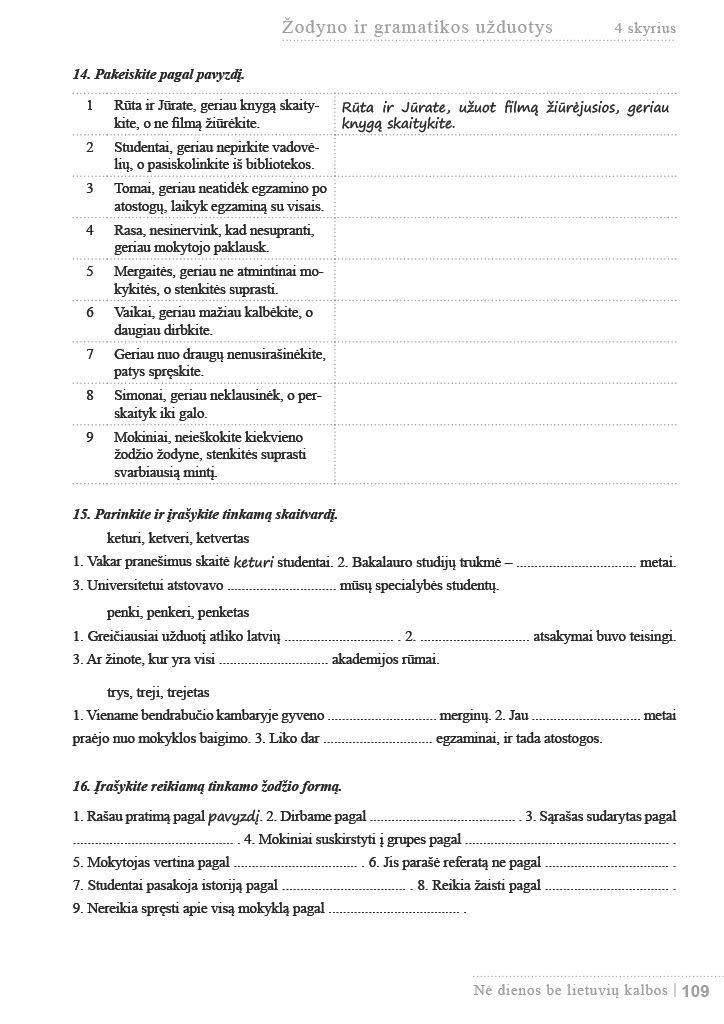
Language: lt